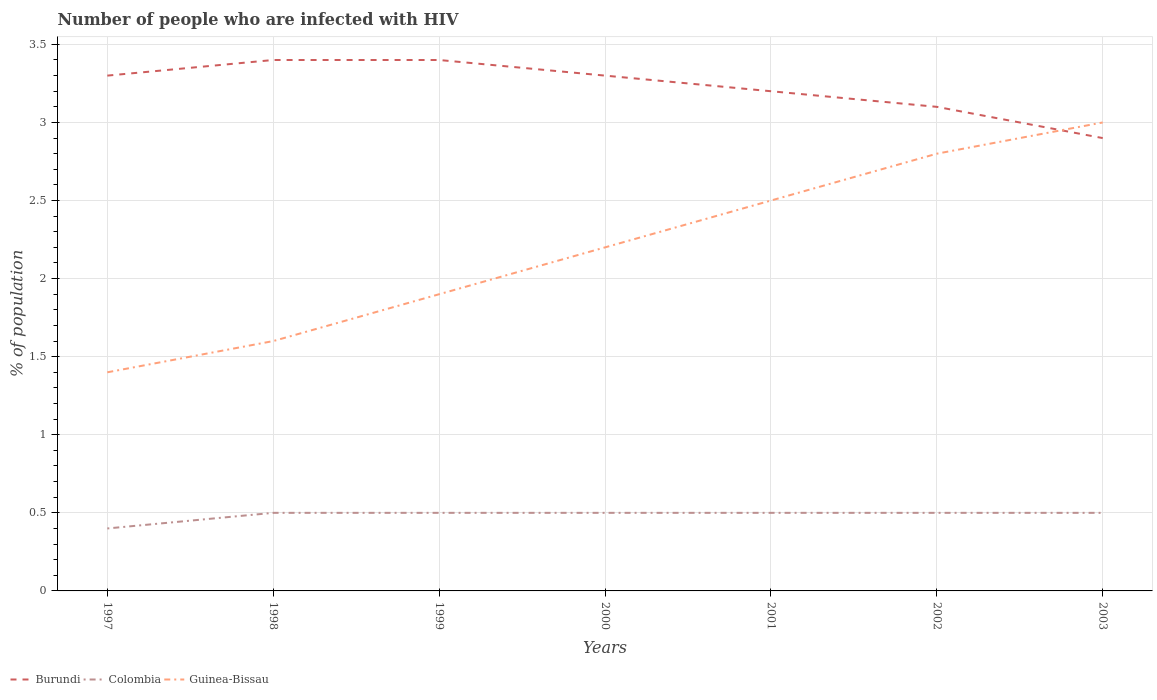
| Years | Burundi | Colombia | Guinea-Bissau |
 | --- | --- | --- | --- |
 | 1997 | 3.3 | 0.4 | 1.4 |
 | 1998 | 3.4 | 0.5 | 1.6 |
 | 1999 | 3.4 | 0.5 | 1.9 |
 | 2000 | 3.3 | 0.5 | 2.2 |
 | 2001 | 3.2 | 0.5 | 2.5 |
 | 2002 | 3.1 | 0.5 | 2.8 |
 | 2003 | 2.9 | 0.5 | 3 |